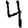
Digit: 4